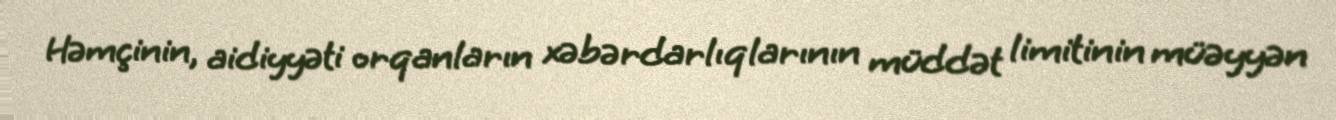
Həmçinin, aidiyyəti orqanların xəbərdarlıqlarının müddət limitinin müəyyən